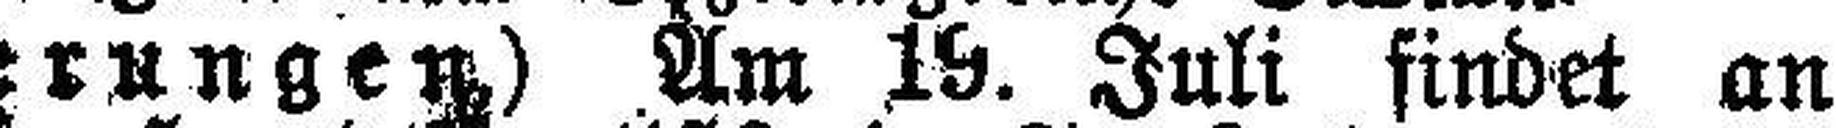
(Versteigerungen) Am 19. Juli findet an